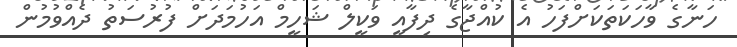
ހަނާގެ ވާހަކަތަކަށްފަހު އެ ކުއްޖާގެ ދިފާއީ ވަކީލް ޝަހީމް އަހުމަދަށް ފުރުސަތު ދެއްވުމުން